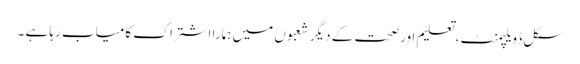
سکل ڈویلپمنٹ ،تعلیم اورصحت کے دیگر شعبوں میں ہمارا اشتراک کامیاب رہا ہے ۔